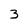
Character: 3